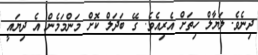
ދިނެވެ. ލަޔާލް ހިތަށް އެރިއެވެ. ގޭ ބަދަލް ކޮށް މަންމަމެން އެ ދިޔައީ